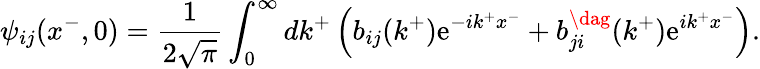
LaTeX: \psi_{ij}(x^{-},0)=\frac{1}{2\sqrt{\pi}}\int_{0}^{\infty}dk^{+}\left(b_{ij}(k^{+})\mathrm{e}^{-ik^{+}x^{-}}+b_{ji}^{\dag}(k^{+})\mathrm{e}^{ik^{+}x^{-}}\right).